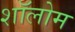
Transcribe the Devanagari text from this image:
शॉलोम